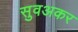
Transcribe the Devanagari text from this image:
सुवअकर